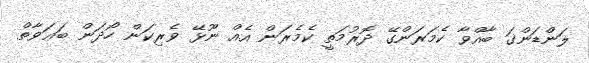
ލަންޑަންގަ ބާއްވާ ކެމަރަންގޭ ދޮރުމަތީ ކެމެރަން އެއް ނޫޅޭ ވެރިކަން ހޯދަން ބަޢަވާތް